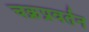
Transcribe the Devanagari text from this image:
चक्रप्रवर्तन